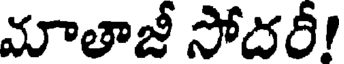
మాతాజీ సోదరీ!